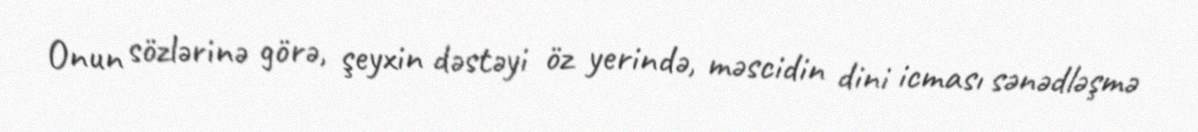
Onun sözlərinə görə, şeyxin dəstəyi öz yerində, məscidin dini icması sənədləşmə